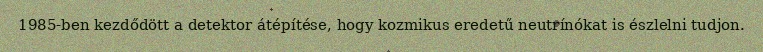
1985-ben kezdődött a detektor átépítése, hogy kozmikus eredetű neutrínókat is észlelni tudjon.